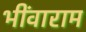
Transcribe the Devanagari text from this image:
भींवाराम